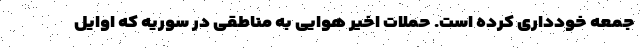
جمعه خودداری کرده است. حملات اخیر هوایی به مناطقی در سوریه که اوایل